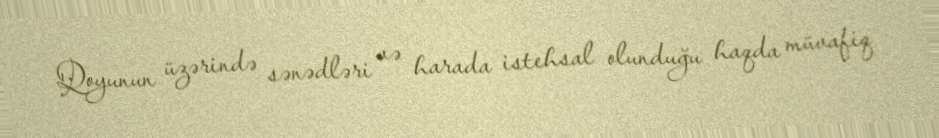
Qoyunun üzərində sənədləri və harada istehsal olunduğu haqda müvafiq